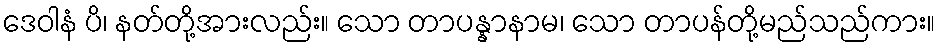
ဒေဝါနံ ပိ၊ နတ်တို့အားလည်း။ သော တာပန္နာနာမ၊ သော တာပန်တို့မည်သည်ကား။